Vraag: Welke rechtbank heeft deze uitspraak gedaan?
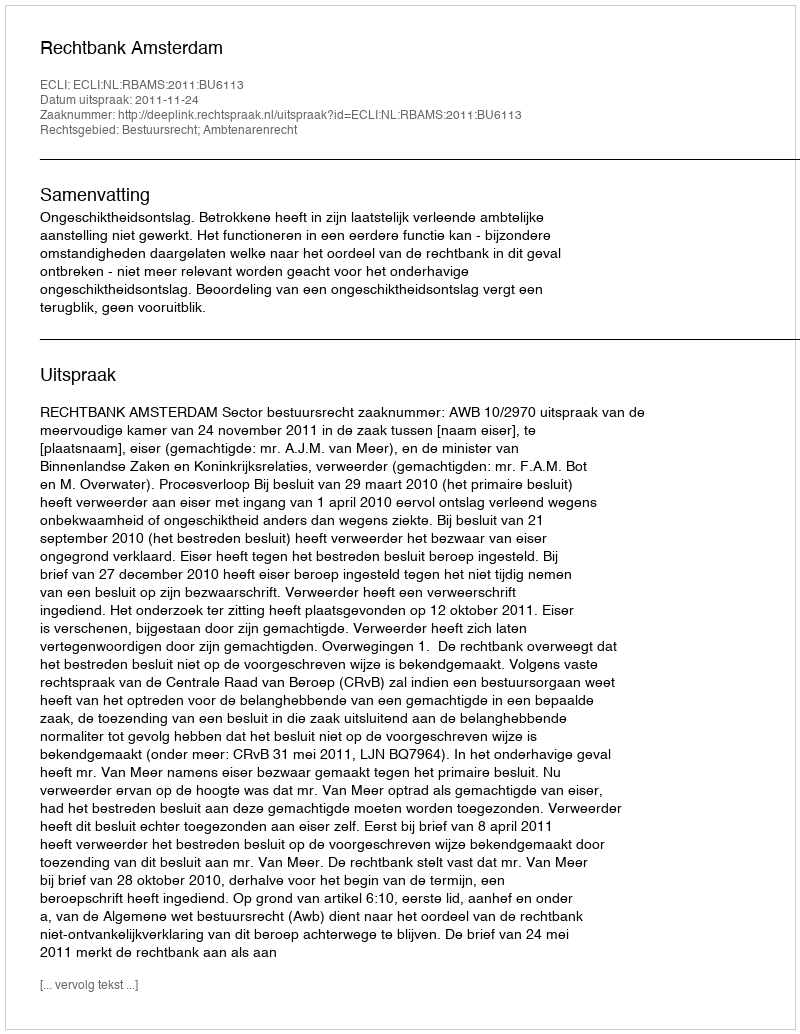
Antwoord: Rechtbank Amsterdam